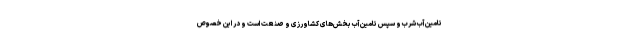
تامین آب شرب و سپس تامین آب بخش‌های کشاورزی و صنعت است و در این خصوص